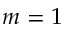
m = 1